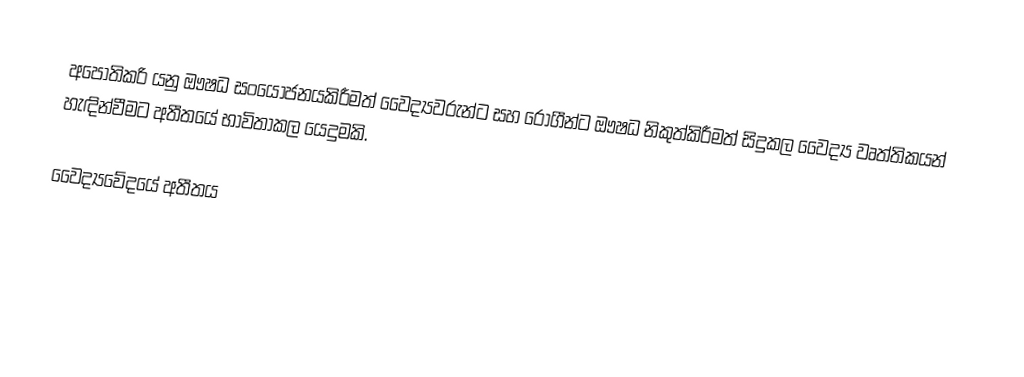
අපොතිකරි යනු ඖෂධ සංයෝජනයකිරීමත් වෛද්‍යවරුන්ට සහ රෝගීන්ට  ඖෂධ නිකුත්කිරීමත් සිදුකල වෛද්‍ය වෘත්තිකයන් හැඳින්වීමට අතීතයේ භාවිතාකල යෙදුමකි.

වෛද්‍යවේදයේ අතීතය